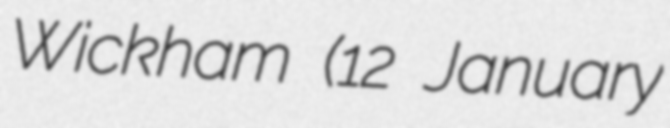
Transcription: Wickham (12 January